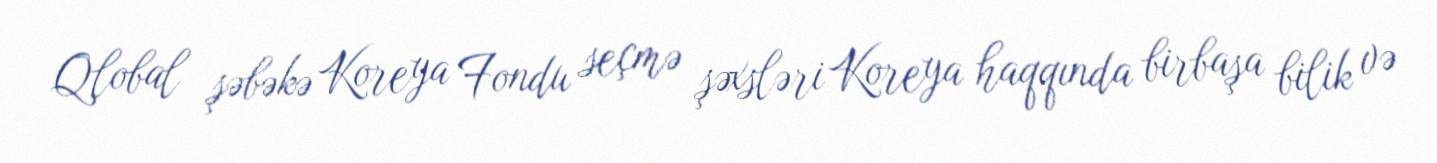
Qlobal şəbəkə Koreya Fondu seçmə şəxsləri Koreya haqqında birbaşa bilik və